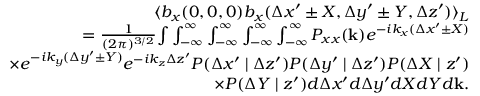
\begin{array} { r l r } & { } & { \langle b _ { x } ( 0 , 0 , 0 ) b _ { x } ( \Delta x ^ { \prime } \pm X , \Delta y ^ { \prime } \pm Y , \Delta z ^ { \prime } ) \rangle _ { L } } \\ & { } & { = \frac { 1 } { ( 2 \pi ) ^ { 3 / 2 } } { \int } \int _ { - \infty } ^ { \infty } \int _ { - \infty } ^ { \infty } \int _ { - \infty } ^ { \infty } \int _ { - \infty } ^ { \infty } P _ { x x } ( \mathbf { k } ) e ^ { - i k _ { x } ( \Delta x ^ { \prime } \pm X ) } } \\ & { } & { \times e ^ { - i k _ { y } ( \Delta y ^ { \prime } \pm Y ) } e ^ { - i k _ { z } \Delta z ^ { \prime } } P ( \Delta x ^ { \prime } \mid \Delta z ^ { \prime } ) P ( \Delta y ^ { \prime } \mid \Delta z ^ { \prime } ) P ( \Delta X \mid z ^ { \prime } ) } \\ & { } & { \times P ( \Delta Y \mid z ^ { \prime } ) d \Delta x ^ { \prime } d \Delta y ^ { \prime } d X d Y d \mathbf { k } . } \end{array}